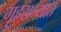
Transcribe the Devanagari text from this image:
गृहराज्यात